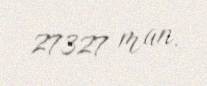
27327 man.